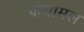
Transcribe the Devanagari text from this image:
कंधामल